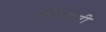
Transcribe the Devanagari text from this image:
फौफती